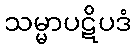
သမ္မာပဋိပဒံ